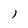
Character: I